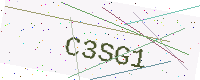
Text: C3SG1